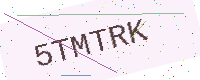
Text: 5TMTRK